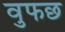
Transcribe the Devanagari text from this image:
वुफछ